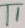
Text: T1